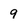
Character: 9